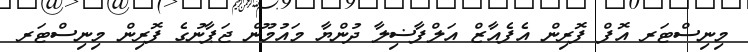
މިނިސްޓަރ އޮފް ފޮރިން އެފެއާޒް އަލްފާޟިލާ ދުންޔާ މައުމޫން ޖަޕާނުގެ ފޮރިން މިނިސްޓަރ